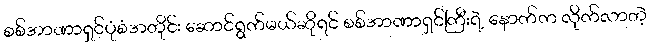
စစ်အာဏာရှင်ပုံစံအတိုင်း ဆောင်ရွက်မယ်ဆိုရင် စစ်အာဏာရှင်ကြီးရဲ့ နောက်က လိုက်လာတဲ့